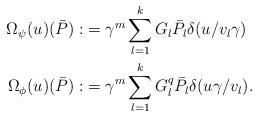
LaTeX: \begin{align*}\Omega_\psi(u)(\bar P):&=\gamma^{m} \sum_{l=1}^kG_l \bar P_l \delta(u/v_l\gamma) \\ \Omega_\phi(u)(\bar P):&=\gamma^{m}\sum_{l=1}^kG_l^q \bar P_l\delta(u\gamma/v_l).\end{align*}